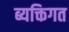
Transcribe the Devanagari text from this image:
ब्यक्तिगत